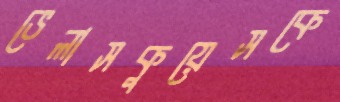
ভেলাসকুয়েসকে